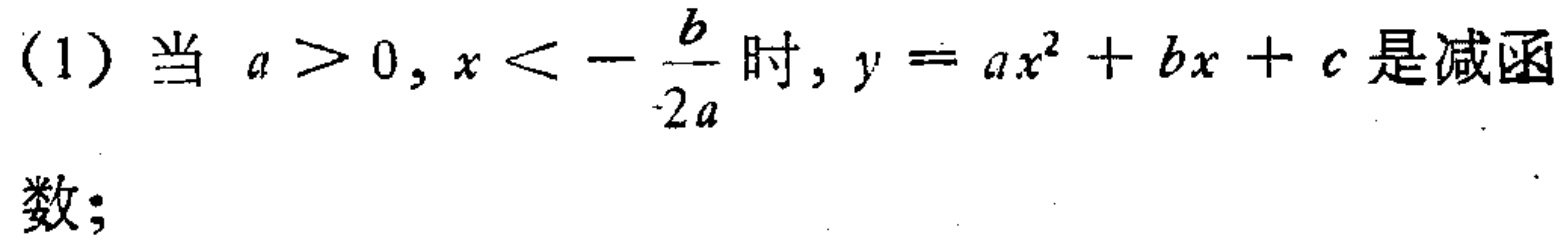
(1) 当 \(a > 0, x < -\frac{b}{2a}\) 时, \(y = ax^{2}+bx + c\) 是减函数;